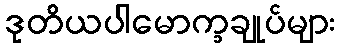
ဒုတိယပါမောက္ခချုပ်များ